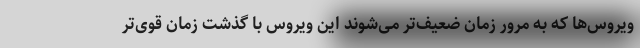
ویروس‌ها که به مرور زمان ضعیف‌تر می‌شوند این ویروس با گذشت زمان قوی‌تر